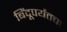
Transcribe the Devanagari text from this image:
बिंदूपर्यंतचा